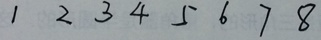
1 2 3 4 5 6 7 8